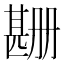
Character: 𬎲